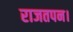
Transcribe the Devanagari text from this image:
राजतपन।